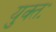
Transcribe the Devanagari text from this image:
युक्‍तः